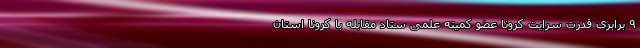
۹ برابری قدرت سرایت کرونا عضو کمیته علمی ستاد مقابله با کرونا استان